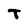
Character: T